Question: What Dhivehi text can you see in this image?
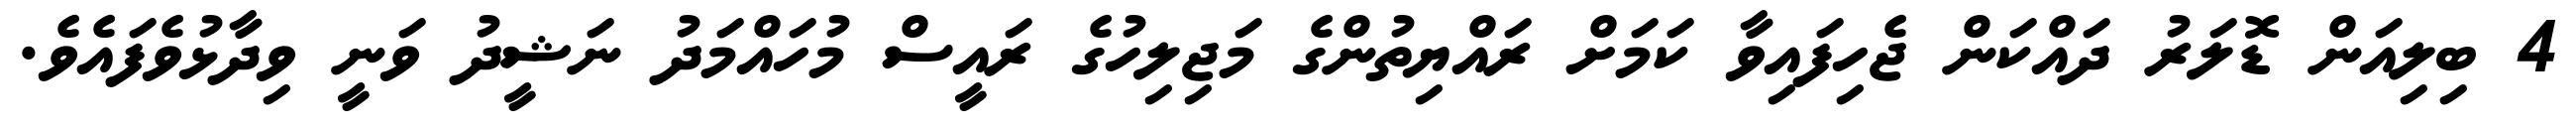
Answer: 4 ބިލިއަން ޑޮލަރު ދައްކަން ޖެހިފައިވާ ކަމަށް ރައްޔިތުންގެ މަޖިލިހުގެ ރައީސް މުހައްމަދު ނަޝީދު ވަނީ ވިދާޅުވެފައެވެ.